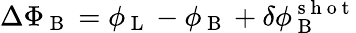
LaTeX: \Delta\Phi_{\mathrm{~B~}}=\phi_{\mathrm{~L~}}-\phi_{\mathrm{~B~}}+\delta\phi_{\mathrm{~B~}}^{\mathrm{~s~h~o~t~}}